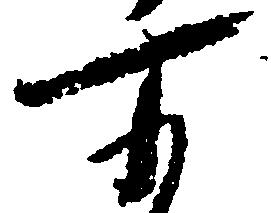
所